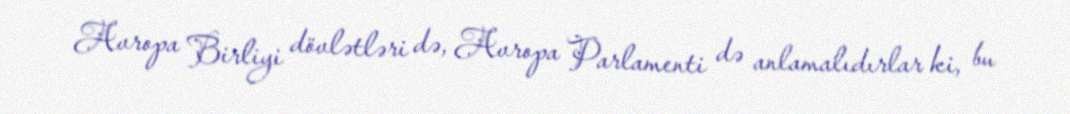
Avropa Birliyi dövlətləri də, Avropa Parlamenti də anlamalıdırlar ki, bu